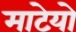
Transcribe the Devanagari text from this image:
माटेयो